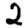
Digit: 2